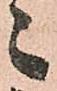
々